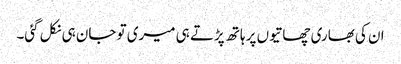
ان کی بھاری چھاتیوں پر ہاتھ پڑتے ہی میری تو جان ہی نکل گئی۔